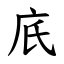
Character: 㡳